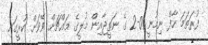
ފުރަތަމަ ހާފް ނިމުނީ 0-2 ގެ ނަތީޖާއިން މުލީގެ މައްޗަށް ވޭވަށް ކުރީގައި